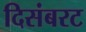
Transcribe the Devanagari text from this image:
दिसंबरट